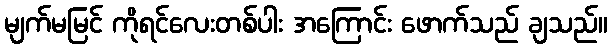
မျက်မမြင် ကိုရင်လေးတစ်ပါး အကြောင်း ဖောက်သည် ချသည်။